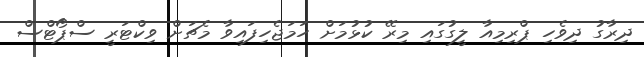
ދިރާގު ދިވެހި ޕްރިމިއާ ލީގުގައި މިރޭ ކުޅުމަށް ހަމަޖެހިފައިވާ މެޗަށް ވިކްޓަރީ ސްޕޯޓްސް